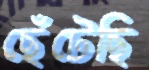
ছেঁটেছি